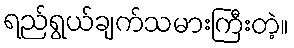
ရည်ရွယ်ချက်သမားကြီးတဲ့။